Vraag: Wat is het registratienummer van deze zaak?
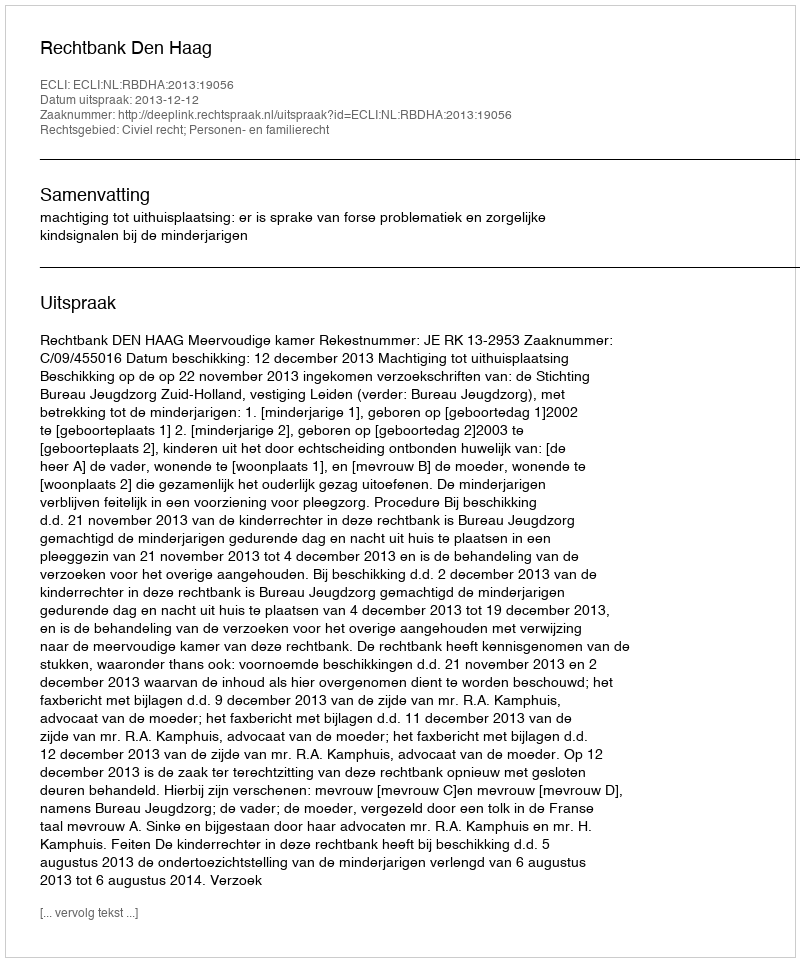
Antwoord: http://deeplink.rechtspraak.nl/uitspraak?id=ECLI:NL:RBDHA:2013:19056